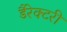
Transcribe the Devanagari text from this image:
डैरेक्टरी